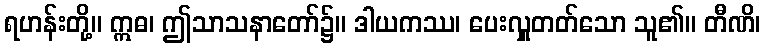
ရဟန်းတို့။ ဣဓ၊ ဤသာသနာတော်၌။ ဒါယကဿ၊ ပေးလှူတတ်သော သူ၏။ တီဏိ၊